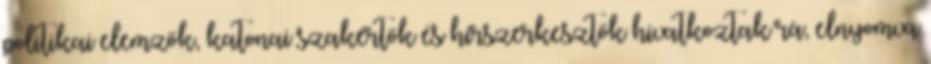
politikai elemzők, katonai szakértők és hírszerkesztők hivatkoztak rá, elnyomva